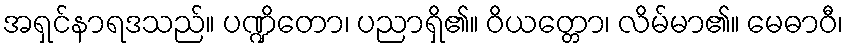
အရှင်နာရဒသည်။ ပဏ္ဍိတော၊ ပညာရှိ၏။ ဝိယတ္တော၊ လိမ်မာ၏။ မေဓာဝီ၊